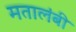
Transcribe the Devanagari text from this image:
मतालंबी